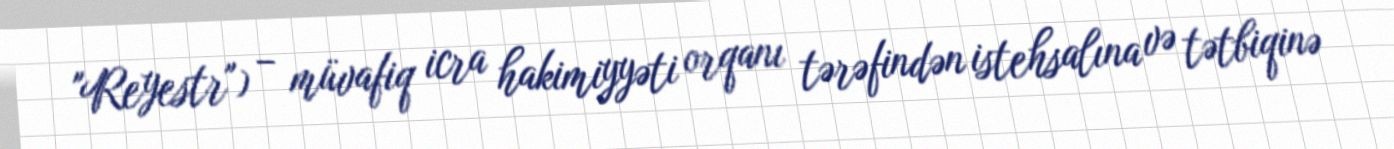
"Reyestr") – müvafiq icra hakimiyyəti orqanı tərəfindən istehsalına və tətbiqinə